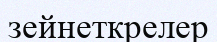
зейнеткрелер